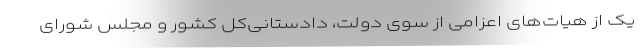
یک از هیات‌های اعزامی از سوی دولت، دادستانی‌کل کشور و مجلس شورای